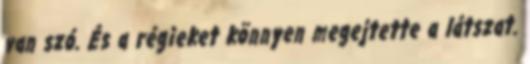
van szó. És a régieket könnyen megejtette a látszat.